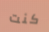
كنت